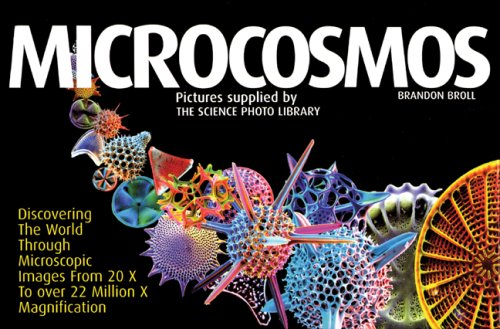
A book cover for Microcosmos: Discovering the World Through Microscopic Images from 20 X to Over 22 Million X Magnification; Brandon Broll; Science & Math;